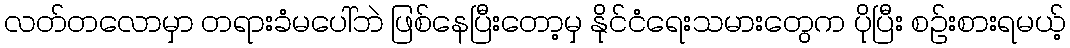
လတ်တလောမှာ တရားခံမပေါ်ဘဲ ဖြစ်နေပြီးတော့မှ နိုင်ငံရေးသမားတွေက ပိုပြီး စဉ်းစားရမယ့်